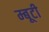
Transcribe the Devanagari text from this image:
म्बूटी